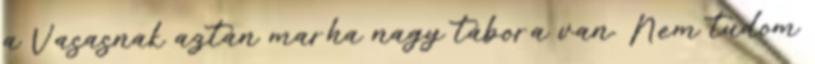
a Vasasnak aztán marha nagy tábora van. Nem tudom